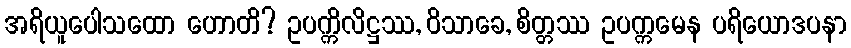
အရိယူပေါသထော ဟောတိ? ဥပက္ကိလိဋ္ဌဿ, ဝိသာခေ, စိတ္တဿ ဥပက္ကမေန ပရိယောဒပနာ